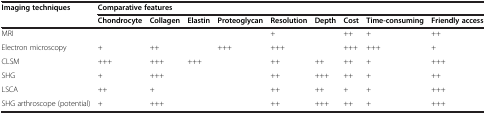
<table><thead><tr><td rowspan="2"><b>Imaging techniques</b></td><td colspan="9"><b>Comparative features</b></td></tr><tr><td><b>Chondrocyte</b></td><td><b>Collagen</b></td><td><b>Elastin</b></td><td><b>Proteoglycan</b></td><td><b>Resolution</b></td><td><b>Depth</b></td><td><b>Cost</b></td><td><b>Time-consuming</b></td><td><b>Friendly access</b></td></tr></thead><tbody><tr><td>MRI</td><td> </td><td> </td><td> </td><td> </td><td>+</td><td> </td><td>++</td><td>+</td><td>++</td></tr><tr><td>Electron microscopy</td><td>+</td><td>++</td><td> </td><td>+++</td><td>+++</td><td> </td><td>+++</td><td>+++</td><td>+</td></tr><tr><td>CLSM</td><td>+++</td><td>+++</td><td>+++</td><td> </td><td>++</td><td>++</td><td>++</td><td>+</td><td>+++</td></tr><tr><td>SHG</td><td>+</td><td>+++</td><td> </td><td> </td><td>++</td><td>+++</td><td>++</td><td>+</td><td>++</td></tr><tr><td>LSCA</td><td>++</td><td>+</td><td> </td><td> </td><td>++</td><td>++</td><td>+</td><td>+</td><td>+++</td></tr><tr><td>SHG arthroscope (potential)</td><td>+</td><td>+++</td><td> </td><td> </td><td>++</td><td>+++</td><td>++</td><td>+</td><td>+++</td></tr></tbody></table>